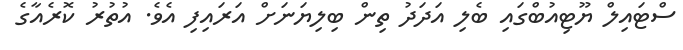
ސްޓައިލް ޔޫޓިއުބްގައި ބެލި އަދަދު ތިން ބިލިޔަނަށް އަރައިފި އެވެ. އުތުރު ކޮރެއާގެ